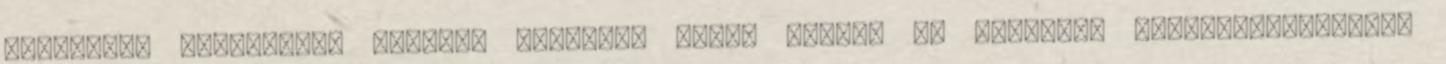
ismerősen csengenek. Hajóink többsége vízre került és elindult hosszabb-rövidebb